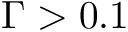
\Gamma > 0 . 1